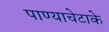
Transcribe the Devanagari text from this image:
पाण्याचेटाके